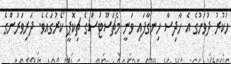
ހުކުރު ދުވަހުގެ އެ ހާދިސާ ހިނގާފައި ވަނީ މެޗަސޫޓަސްގެ ޗިކޮޕީ ކޯރުގައެވެ. ދަރިވަރުންގެ